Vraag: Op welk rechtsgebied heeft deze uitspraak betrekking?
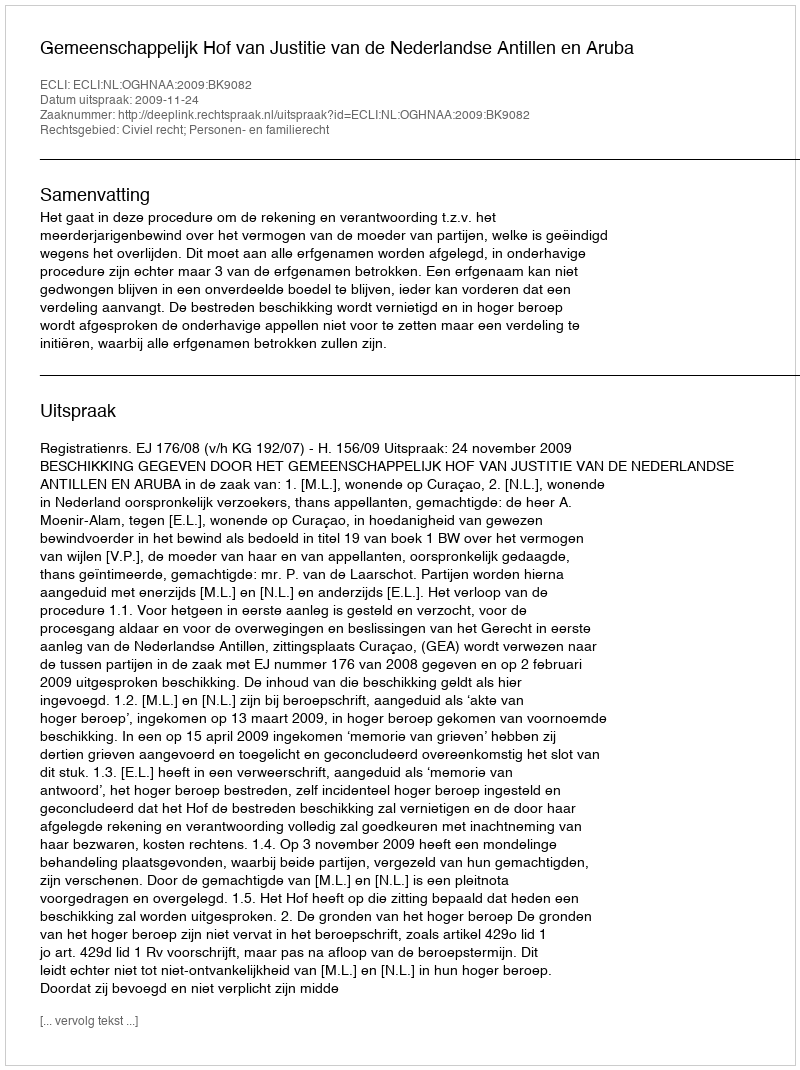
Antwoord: Civiel recht; Personen- en familierecht